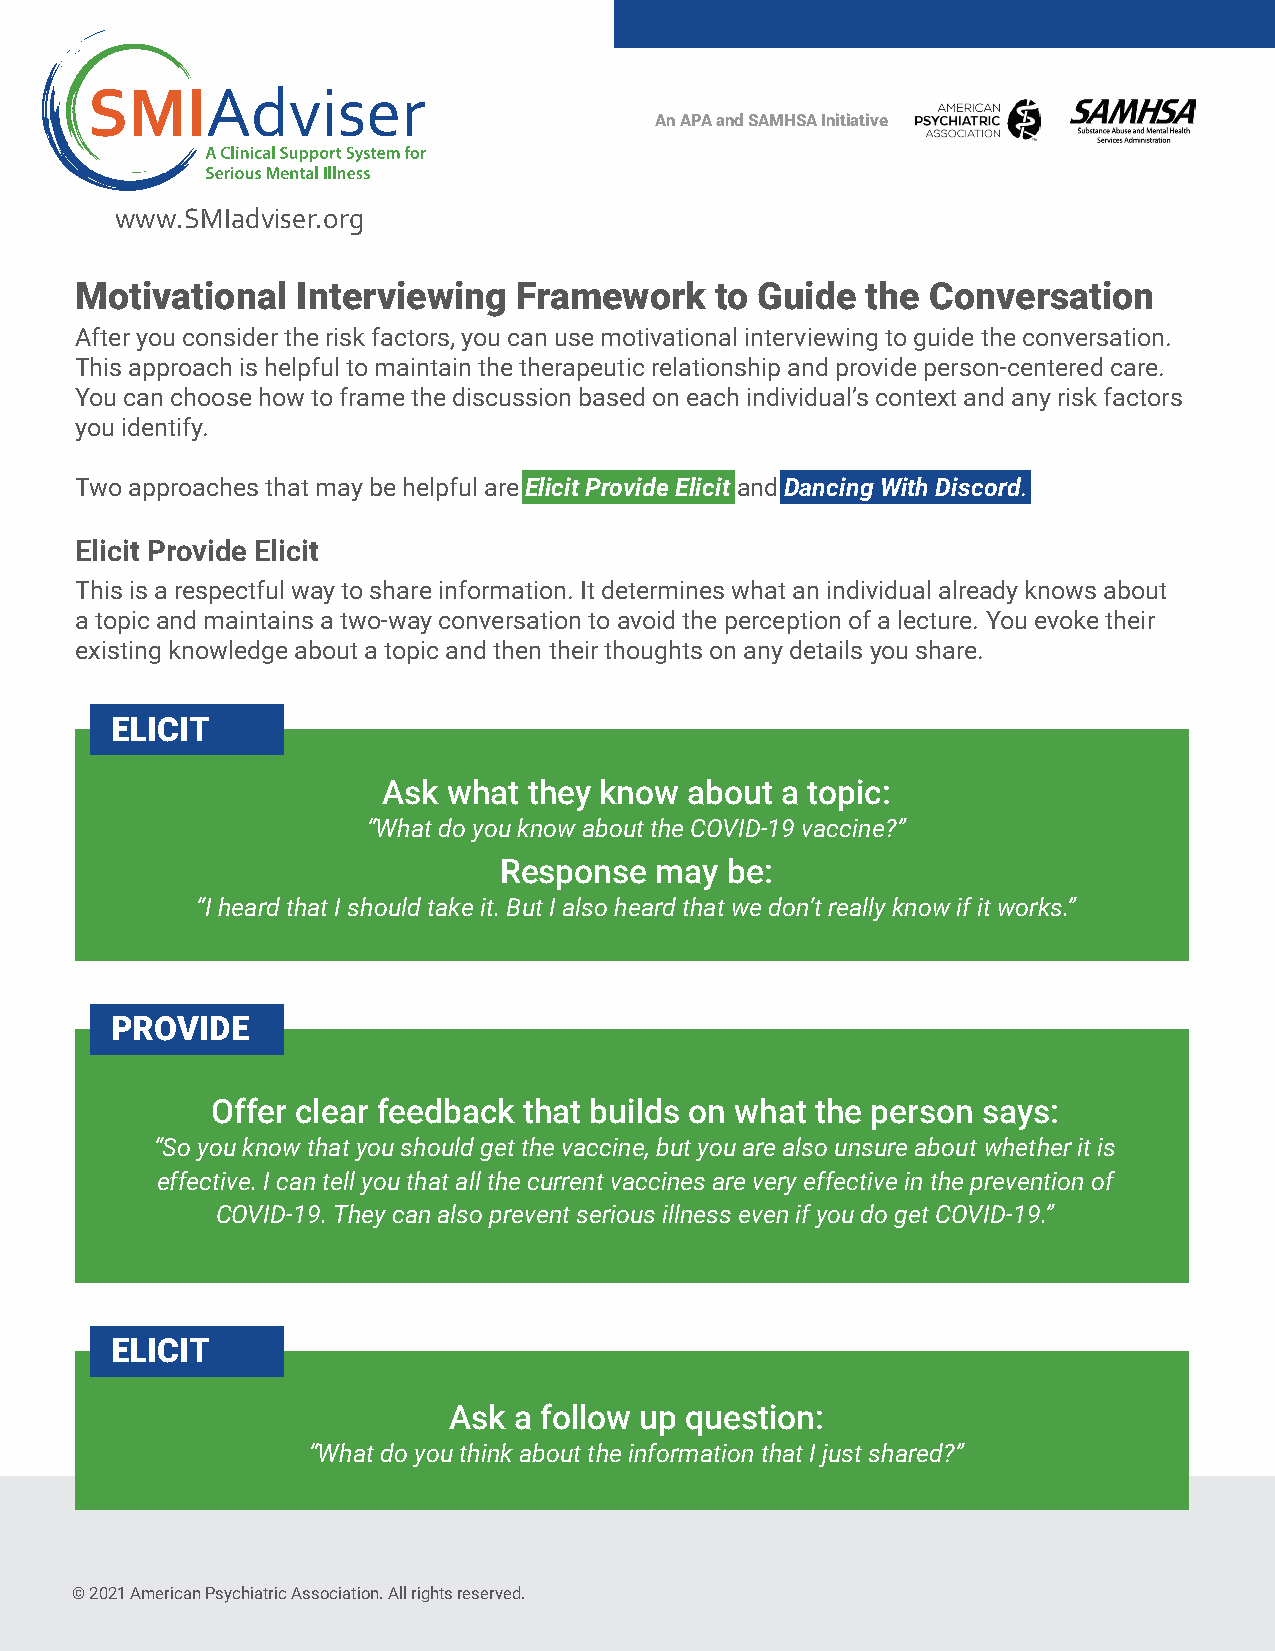
Adviser
 An APA and SAMHSA Initiative
 www.SMIadviser.org
 Motivational   Interviewing  Framework    to Guide  the  Conversation
 After you consider the risk factors, you can use motivational interviewing to guide the conversation.
 This approach is helpful to maintain the therapeutic relationship and provide person-centered care.
 You can choose how to frame the discussion based on each individual’s context and any risk factors
 you identify.
 Two approaches that may be helpful are Elicit Provide Elicit and Dancing With Discord.
 Elicit Provide Elicit
 This is a respectful way to share information. It determines what an individual already knows about
 a topic and maintains a two-way conversation to avoid the perception of a lecture. You evoke their
 existing knowledge about a topic and then their thoughts on any details you share.
 ELICIT
 Ask  what they know  about a topic:
 “What do you know about the COVID-19 vaccine?”
 Response  may  be:
 “I heard that I should take it. But I also heard that we don’t really know if it works.”
 PROVIDE
 Offer clear feedback that builds on what the person says:
 “So you know that you should get the vaccine, but you are also unsure about whether it is
 effective. I can tell you that all the current vaccines are very effective in the prevention of
 COVID-19. They can also prevent serious illness even if you do get COVID-19.”
 ELICIT
 Ask a follow up question:
 “What do you think about the information that I just shared?”
 © 2021 American Psychiatric Association. All rights reserved.